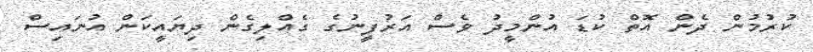
ކުރުމުން ދެން އޮތް ކުޑަ އުންމީދު ވެސް އަރުފީނުގެ ގެއްލިގެން ދިޔައީކަން އުނައިސް